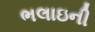
ભલાઇની